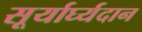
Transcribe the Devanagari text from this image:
सूर्यार्घ्यदान